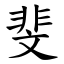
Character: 斐